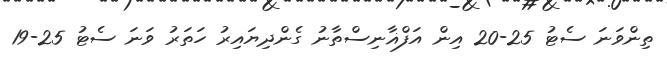
ތިންވަނަ ސެޓު 25-20 އިން އަފްޣާނިސްތާނު ގެންދިޔައިރު ހަތަރު ވަނަ ސެޓު 25-19